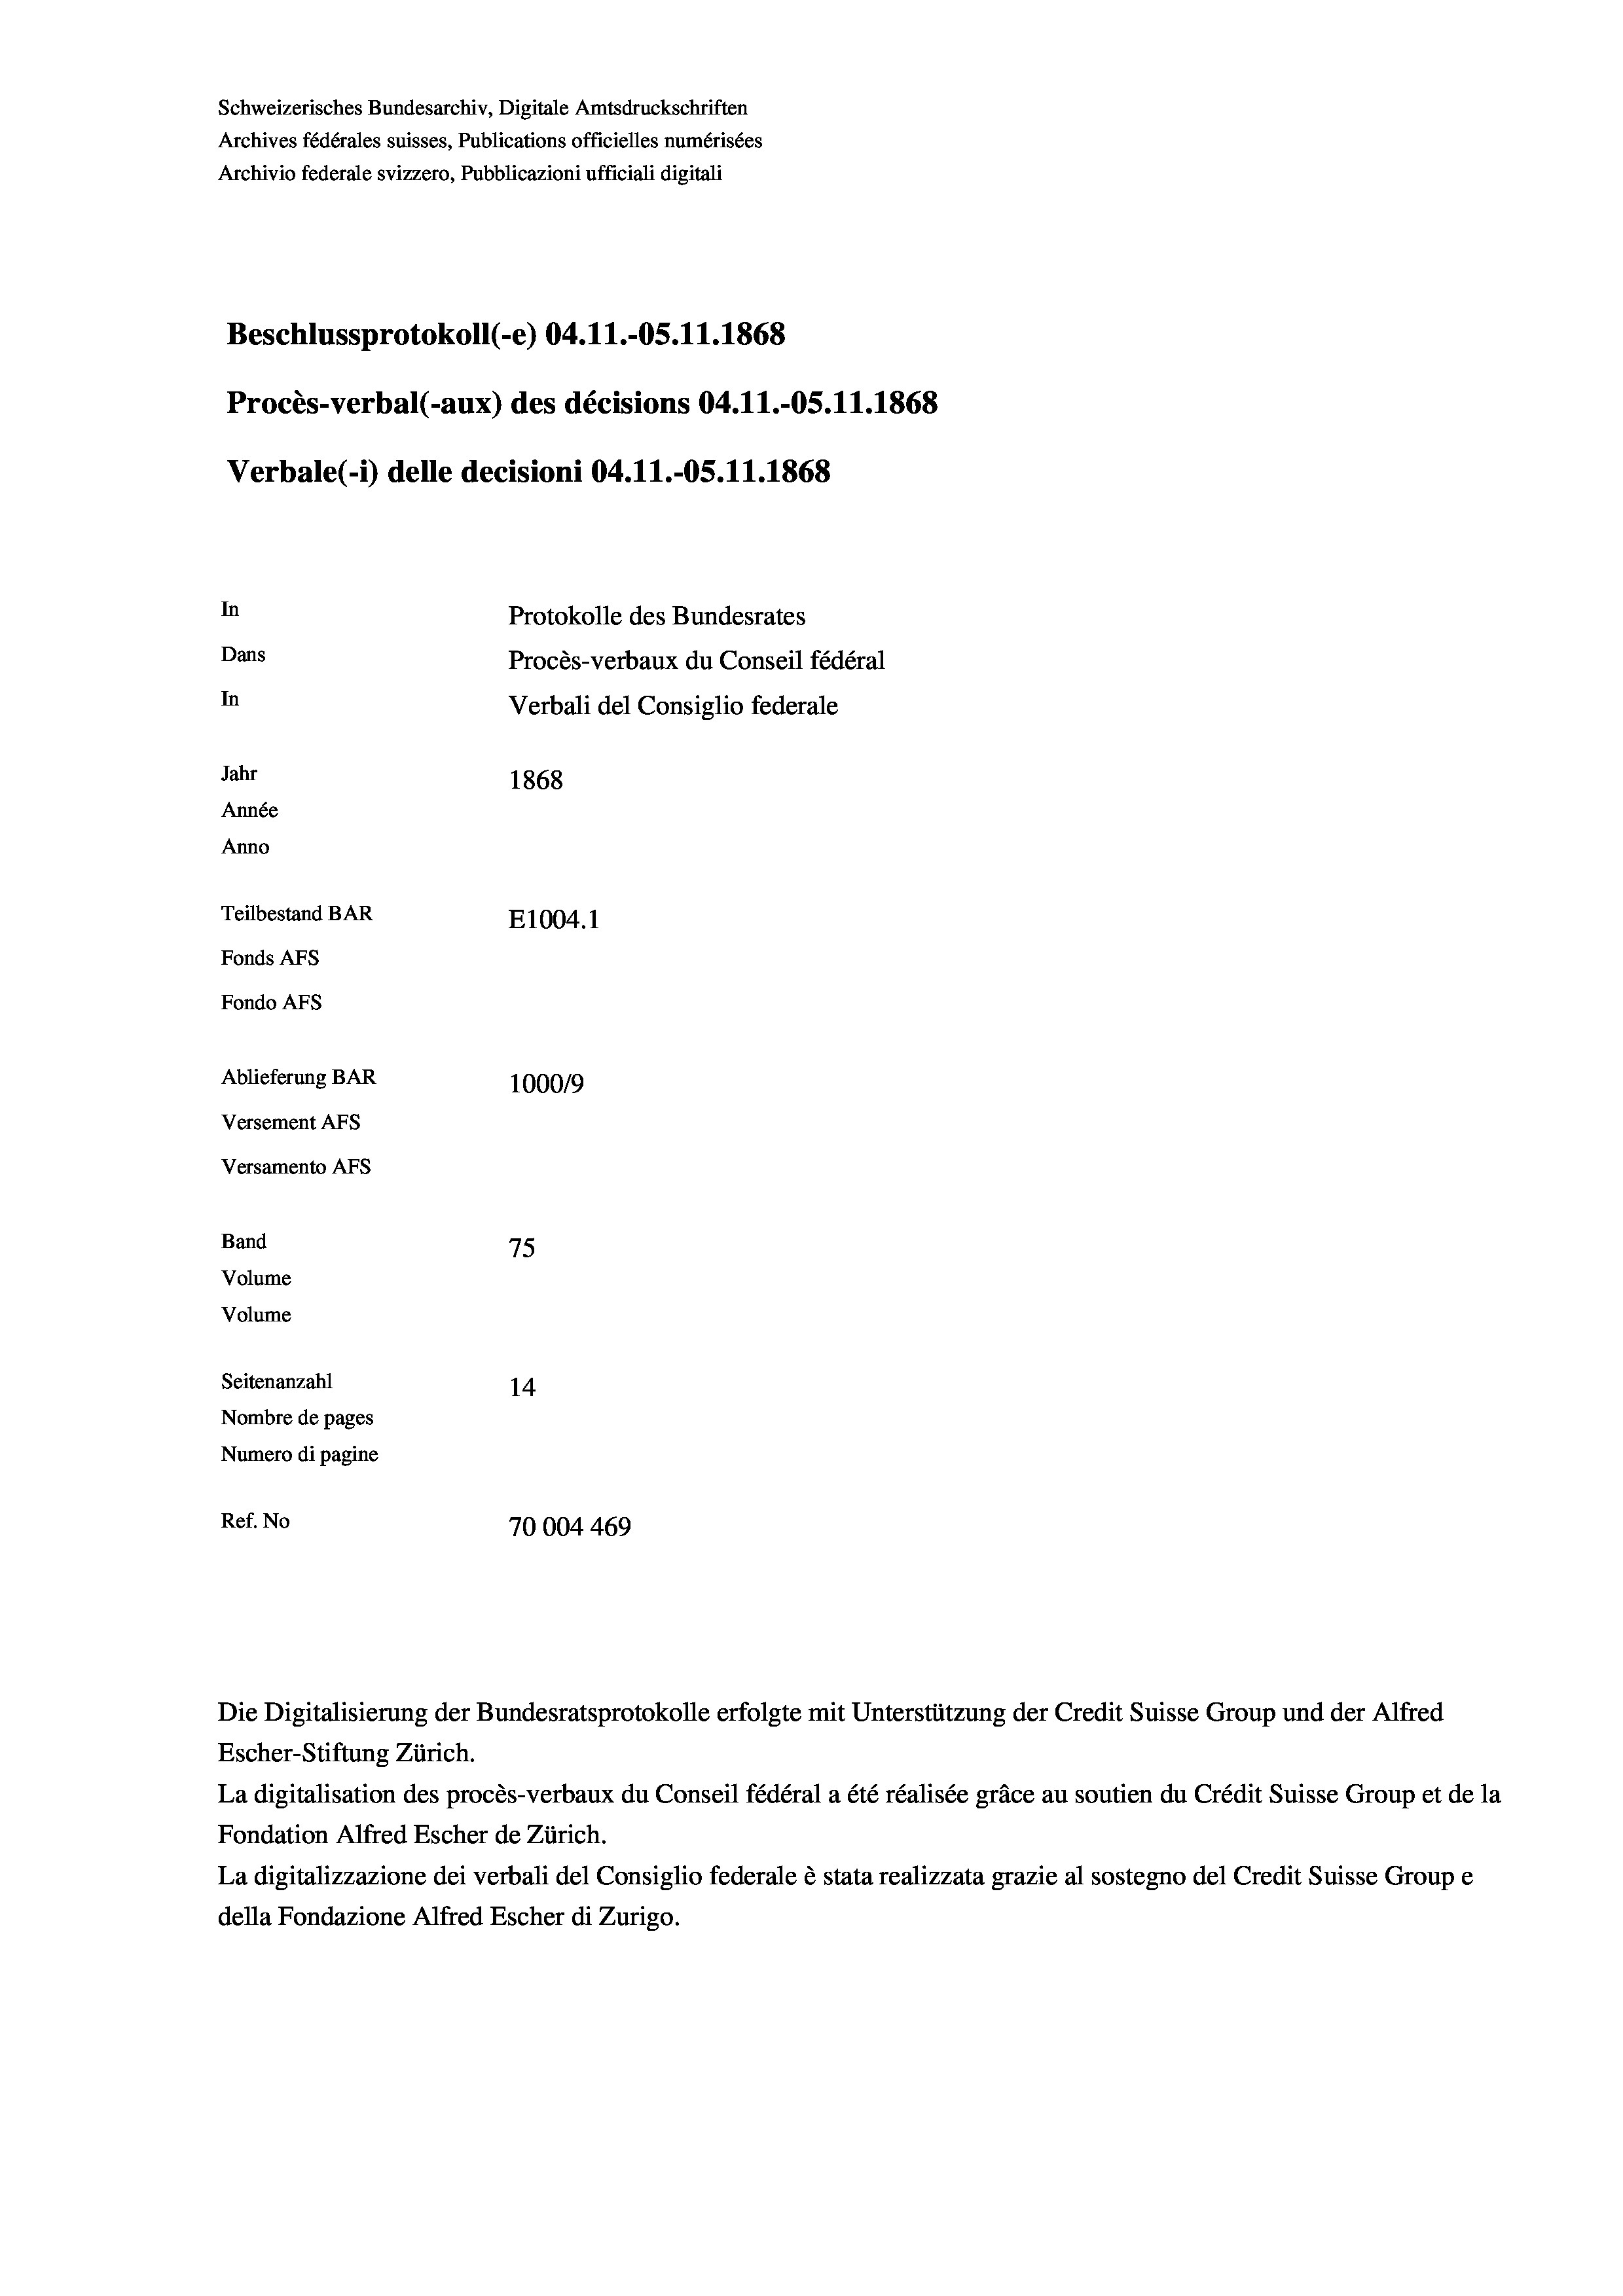
Band

Schweizerisches Bundesarchiv, Digitale Amtsdruckschriften
Archivio federale svizzero, Pubblicazioni ufficiali digitali
Beschlussprotokoll (-e) 04.11.-O5.11.1868
Procès-verbal (-aux) des décisions 04.11.-OS.11.1868
In
Protokolle des Bundesrates
Dans
Procès-verbaux du Conseil fédéral
In
Verbali del Consiglio federale
Jahr
1868
Année
Anno
Teilbestand BAR
E1004. 1
Fonds AFs
Fondo Afs
Ablieferung BAR
100019
Versement Ans
Versamento Afs

75
Volume
Volume
Seitenanzahl
14
Nombre de pages
Numero di pagine
Ref. No
70004469

Archives fédérales suisses, Publications officielles numérisées

Verbale (- 1) delle decisioni 04.11.-OS.11.1868

Die Digitalisierung der Bundesratsprotokolle erfolgte mit Unterstützung der Credit Suisse Group und der Alfred
Escher-Stiftung Zürich.
La digitalisation des procès-verbaux du Conseil fédéral a été réalisée gräce au soutien du Crédit Suisse Group et de la
Fondation Alfred Escher de Zürich.
La digitalizzazione dei verbali del Consiglio federale è stata realizzata grazie al sostegno del Credit Suisse Groupe
della Fondazione Alfred Escher di Zurigo.